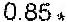
0.85 *